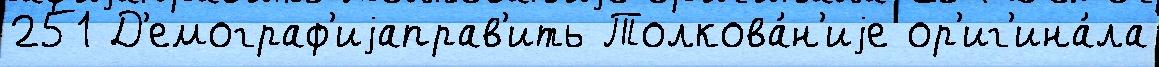
251 Д'емограф'иjаправ'ить Толкова́н'иjе ор'иг'ина́ла